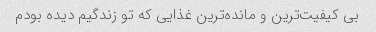
بی کیفیت‌ترین و مانده‌ترین غذایی که تو زندگیم دیده بودم